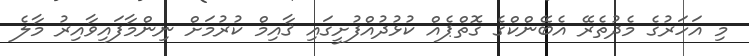
މި އަހަރުގެ މެދުތެރޭ އެބޭންކްގެ ގޮތްޕެއް ކުޅުދުއްފުށީގައި ޤާއިމް ކުރުމަށް ނިންމާފައިވާއިރު މާލެ